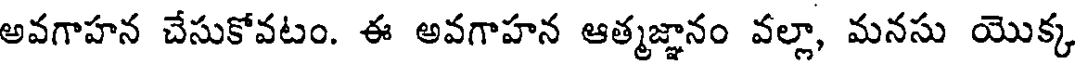
అవగాహన చేసుకోవటం. ఈ అవగాహన ఆత్మజ్ఞానం వల్లా, మనసు యొక్క